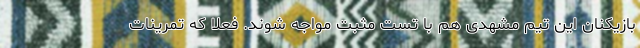
بازیکنان این تیم مشهدی هم با تست مثبت مواجه شوند. فعلا که تمرینات